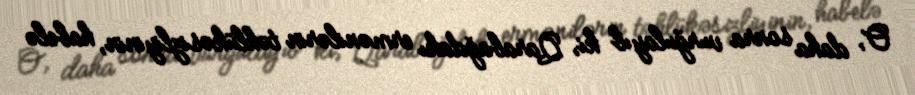
O, daha sonra vurğulayıb ki, Qarabağdakı ermənilərin təhlükəsizliyinin, habelə